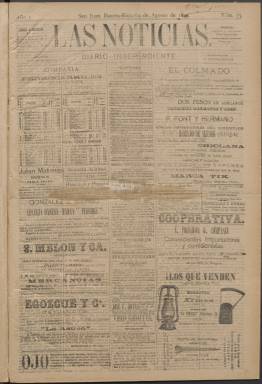
Título: Las Noticias (San Juan)
Colección: Periódicos
Ámbito geográfico: Puerto Rico
Lugar de publicación: San Juan (Puerto Rico)
Fechas: 14/08/1894-12/11/1894